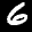
Label: 6